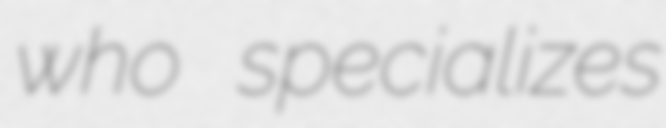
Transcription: who specializes